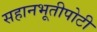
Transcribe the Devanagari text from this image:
सहानभूतीपोटी